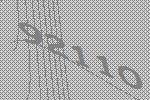
92110